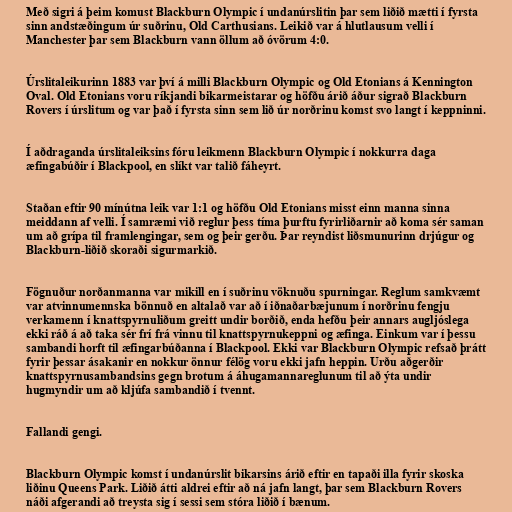
Með sigri á þeim komust Blackburn Olympic í undanúrslitin þar sem liðið mætti í fyrsta
sinn andstæðingum úr suðrinu, Old Carthusians. Leikið var á hlutlausum velli í
Manchester þar sem Blackburn vann öllum að óvörum 4:0.

Úrslitaleikurinn 1883 var því á milli Blackburn Olympic og Old Etonians á Kennington
Oval. Old Etonians voru ríkjandi bikarmeistarar og höfðu árið áður sigrað Blackburn
Rovers í úrslitum og var það í fyrsta sinn sem lið úr norðrinu komst svo langt í keppninni.

Í aðdraganda úrslitaleiksins fóru leikmenn Blackburn Olympic í nokkurra daga
æfingabúðir í Blackpool, en slíkt var talið fáheyrt.

Staðan eftir 90 mínútna leik var 1:1 og höfðu Old Etonians misst einn manna sinna
meiddann af velli. Í samræmi við reglur þess tíma þurftu fyrirliðarnir að koma sér saman
um að grípa til framlengingar, sem og þeir gerðu. Þar reyndist liðsmunurinn drjúgur og
Blackburn-liðið skoraði sigurmarkið.

Fögnuður norðanmanna var mikill en í suðrinu vöknuðu spurningar. Reglum samkvæmt
var atvinnumennska bönnuð en altalað var að í iðnaðarbæjunum í norðrinu fengju
verkamenn í knattspyrnuliðum greitt undir borðið, enda hefðu þeir annars augljóslega
ekki ráð á að taka sér frí frá vinnu til knattspyrnukeppni og æfinga. Einkum var í þessu
sambandi horft til æfingarbúðanna í Blackpool. Ekki var Blackburn Olympic refsað þrátt
fyrir þessar ásakanir en nokkur önnur félög voru ekki jafn heppin. Urðu aðgerðir
knattspyrnusambandsins gegn brotum á áhugamannareglunum til að ýta undir
hugmyndir um að kljúfa sambandið í tvennt.

Fallandi gengi.

Blackburn Olympic komst í undanúrslit bikarsins árið eftir en tapaði illa fyrir skoska
liðinu Queens Park. Liðið átti aldrei eftir að ná jafn langt, þar sem Blackburn Rovers
náði afgerandi að treysta sig í sessi sem stóra liðið í bænum.